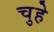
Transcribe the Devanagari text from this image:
चुहे